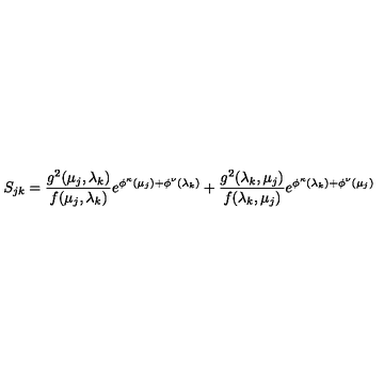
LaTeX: S _ { j k } = \frac { g ^ { 2 } ( \mu _ { j } , \lambda _ { k } ) } { f ( \mu _ { j } , \lambda _ { k } ) } e ^ { \phi ^ { \kappa } ( \mu _ { j } ) + \phi ^ { \nu } ( \lambda _ { k } ) } + \frac { g ^ { 2 } ( \lambda _ { k } , \mu _ { j } ) } { f ( \lambda _ { k } , \mu _ { j } ) } e ^ { \phi ^ { \kappa } ( \lambda _ { k } ) + \phi ^ { \nu } ( \mu _ { j } ) }